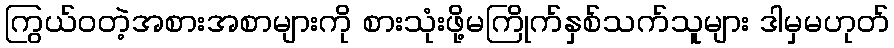
ကြွယ်ဝတဲ့အစားအစာများကို စားသုံးဖို့မကြိုက်နှစ်သက်သူများ ဒါမှမဟုတ်